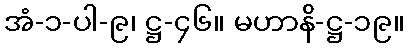
အံ-၁-ပါ-၉၊ ဋ္ဌ-၄၆။ မဟာနိ-ဋ္ဌ-၁၉။